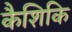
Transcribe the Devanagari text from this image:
कैशिकि